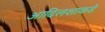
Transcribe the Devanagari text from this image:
आदिलशाकडे